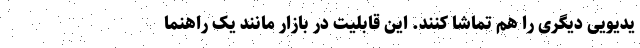
یدیویی دیگری را هم تماشا کنند. این قابلیت در بازار مانند یک راهنما